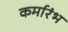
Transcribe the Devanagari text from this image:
कर्मारंभ